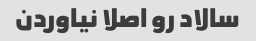
سالاد رو اصلا نیاوردن